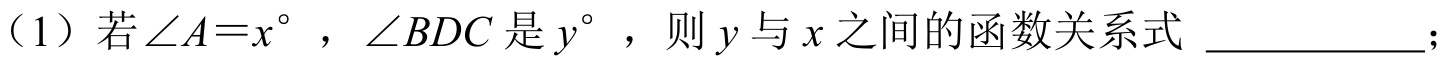
（1）若\(\angle A = x^{\circ}\)，\(\angle BDC\)是\(y^{\circ}\)，则\(y\)与\(x\)之间的函数关系式  ；